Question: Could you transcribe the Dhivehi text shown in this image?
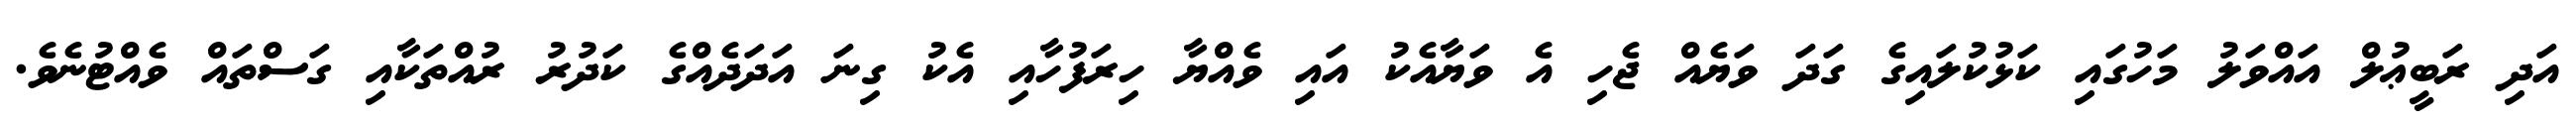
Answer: އަދި ރަބީޢުލް އައްވަލު މަހުގައި ކަޅުކުލައިގެ ގަދަ ވަޔެއް ޖެހި އެ ވަޔާއެކު އައި ވެއްޔާ ހިރަފުހާއި އެކު ގިނަ އަދަދެއްގެ ކަދުރު ރުއްތަކާއި ގަސްތައް ވެއްޓުނެވެ.